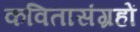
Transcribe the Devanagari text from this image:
कवितासंग्रहों